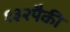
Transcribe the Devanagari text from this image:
१३२पैकी